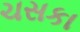
ચસકા